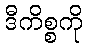
ဒီကိစ္စကို